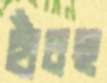
হাঁচছ